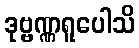
ဒုဗ္ဗဏ္ဏရူပေါသိ